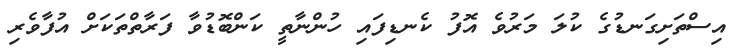
އިސްތަށިގަނޑުގެ ކުލަ މަރުވެ އޮފު ކެނޑިފައި ހުންނާތީ ކަންބޮޑުވާ ފަރާތްތަކަށް އުފާވެރި